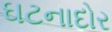
ઘટનાદોર